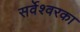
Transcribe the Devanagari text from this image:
सर्वेश्वरका